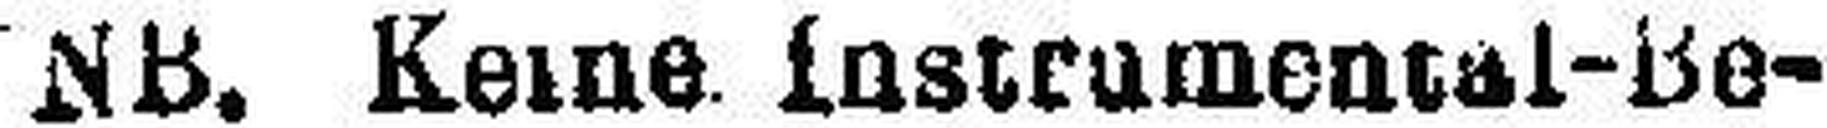
NB. Kerne. instrumental-Be¬